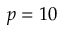
p = 1 0